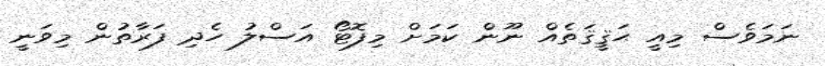
ނަމަވެސް މިއީ ޙަޤީޤަތެއް ނޫން ކަމަށް މިފޮޓޯ އަސްލު ހެދި ފަރާތުން މިވަނީ